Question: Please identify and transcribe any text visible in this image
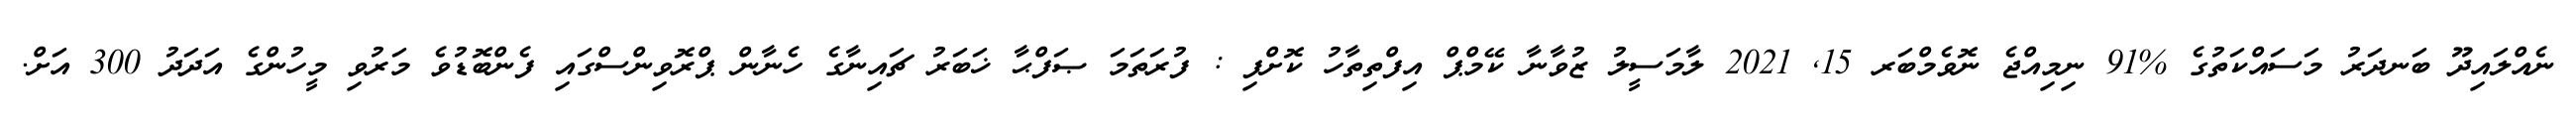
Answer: ނެއްލައިދޫ ބަނދަރު މަސައްކަތުގެ %91 ނިމިއްޖެ ނޮވެމްބަރ 15, 2021 ލާމަސީލު ޒުވާނާ ކޭމްޕް އިފްތިތާހު ކޮށްފި : ފުރަތަމަ ޞަފްޙާ ޚަބަރު ޗައިނާގެ ހެނާން ޕްރޮވިންސްގައި ފެންބޮޑުވެ މަރުވި މީހުންގެ އަދަދު 300 އަށް.